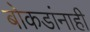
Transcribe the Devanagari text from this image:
बोकडांनाही